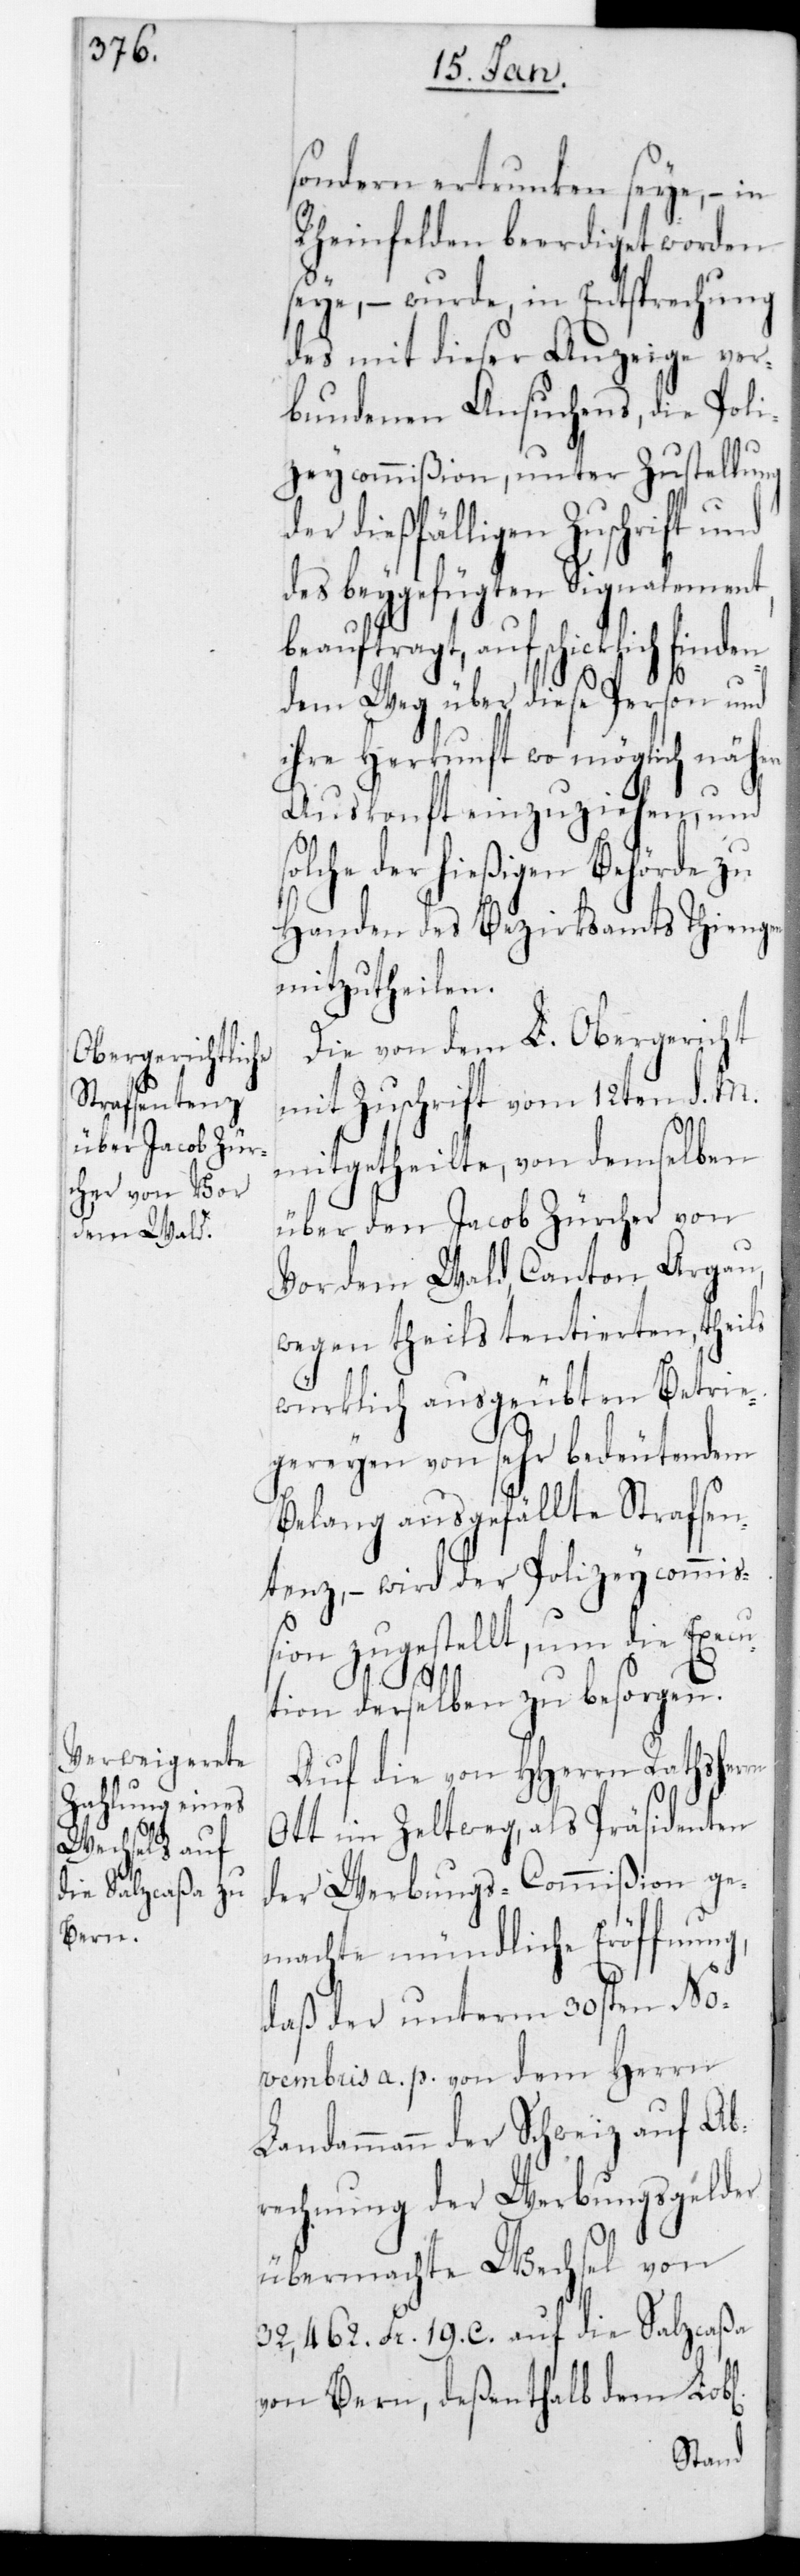
rn

sondern ertrunken seye, – in
Rheinfelden beerdiget worden
seye, – wurde in Entsprechung
des mit dieser Anzeige ver¬
bundenen Ansuchens, die Poli¬
zeycommißion, unter Zustellung
der dießfälligen Zuschrift und
des beygefügten Signalement,
beauftragt, auf schicklich finden¬
dem Weg über diese Person und
ihre Herkunft wo möglich nähere
Auskonft einzuziehen, und
solche der hießigen Behörde zu
Handen des Bezirksamts Tiengen
mitzutheilen.
Die von dem L. Obergericht
mit Zuschrift vom 12ten d. M.
mitgetheilte, von demselben
über den Jacob Zürcher von
Vor dem Wald, Canton Aargau,
wegen theils tentierten, theils
würklich ausgeübten Betrie¬
gereien von sehr bedeutendem
Belang ausgefällte Strafsen¬
tenz, – wird der Polizeycommiß¬
ion zugestellt, um die Execu¬
tion derselben zu besorgen.
Auf die von HHerrn Rathsher¬
Ott im Zeltweg als Präsidenten
der Werbungscommißion ge¬
machte mündliche Eröffnung,
daß der unterm 30sten No¬
vembris a. p. von dem Herrn
Landammann der Schweiz auf Ab¬
rechnung der Werbungsgelder
übermachte Wechsel von
32,462. Fr. 19. C. auf die Salzcaßa
von Bern, deßenthalb dem Lobl